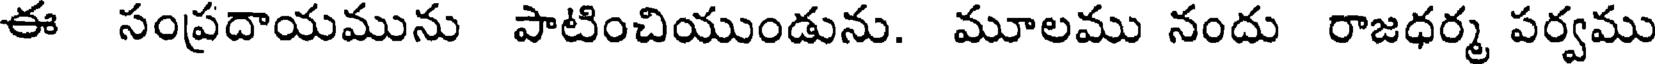
ఈ సంప్రదాయమును పాటించియుండును. మూలము నందు రాజధర్మ పర్వము